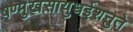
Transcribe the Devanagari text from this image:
षण्मुखसायुधईशनुते